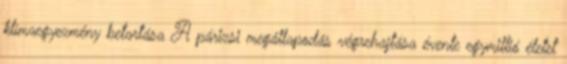
klímaegyezmény betartása A párizsi megállapodás végrehajtása évente egymillió életet